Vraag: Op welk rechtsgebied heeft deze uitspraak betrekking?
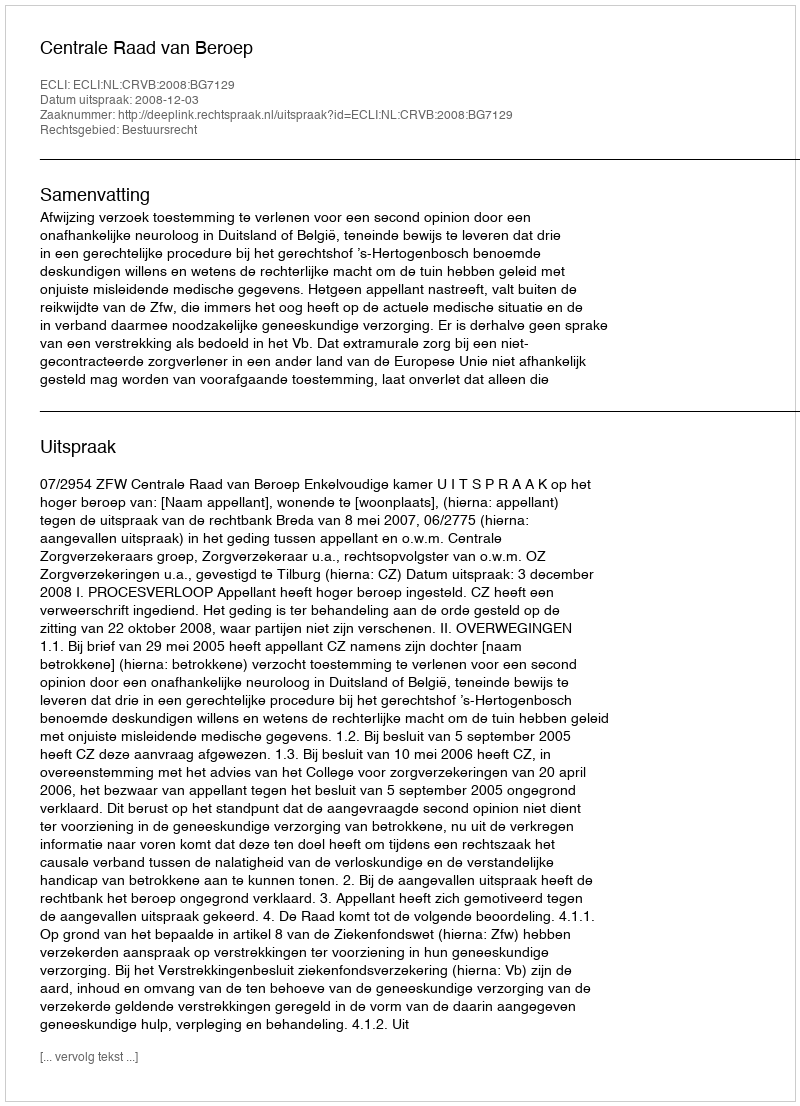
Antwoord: Bestuursrecht